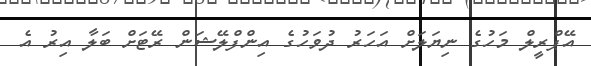
އޭޕްރީލް މަހުގެ ނިޔަލަށް އަހަރު ދުވަހުގެ އިންފްލޭޝަން ރޭޓަށް ބަލާ އިރު އެ